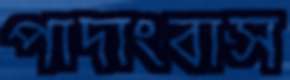
পাদাংবাস